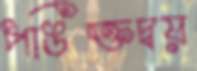
পঙিক্তদ্বয়